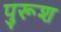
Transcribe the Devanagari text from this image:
पुरूश